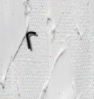
٢